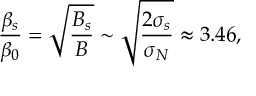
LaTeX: \frac { \beta _ { s } } { \beta _ { 0 } } = \sqrt { \frac { B _ { s } } { B } } \sim \sqrt { \frac { 2 \sigma _ { s } } { \sigma _ { N } } } \approx 3 . 4 6 ,